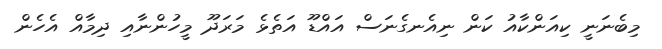
މިބެނަނީ ކިއަންކާއު ކަން ނިއެނގެނަސް އައްޑޫ އަތެޅެ މަރަދޫ މީހުންނާއި ދިމާއް އެހެން